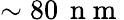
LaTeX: \sim 80\, \mathrm{~n~m~}